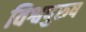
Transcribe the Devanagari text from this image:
विश्वपुरुष